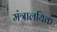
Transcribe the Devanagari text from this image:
मंत्रालयिक